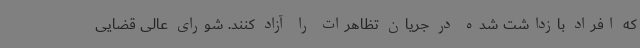
که افراد بازداشت شده در جریان تظاهرات را آزاد کنند. شورای عالی قضایی